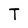
Character: T